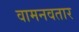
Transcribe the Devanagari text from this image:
वामनवतार